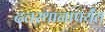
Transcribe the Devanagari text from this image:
दत्तस्थानापर्यंत